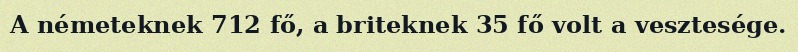
A németeknek 712 fő, a briteknek 35 fő volt a vesztesége.